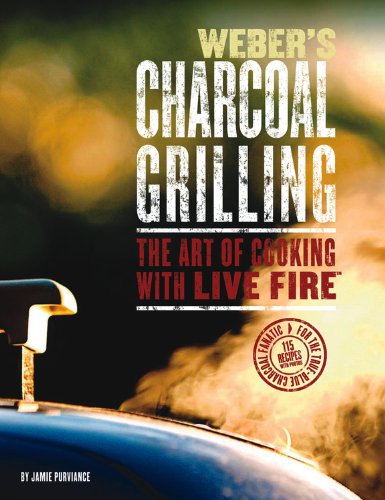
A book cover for Weber's Charcoal Grilling: The Art of Cooking with Live Fire; Jamie Purviance; Cookbooks, Food & Wine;